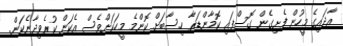
އާދައިގެ މީހުން ފެށިގެން ގޮސްފައި ކޮމާންޑަރާ ހިސާބަށް ކޮންމެ މީހަކަށްވެސް އެކަން ކުރެވިދާނެކަން.